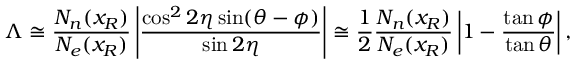
\Lambda \cong \frac { N _ { n } ( x _ { R } ) } { N _ { e } ( x _ { R } ) } \left| \frac { \cos ^ { 2 } 2 \eta \sin ( \theta - \phi ) } { \sin 2 \eta } \right| \cong \frac { 1 } { 2 } \frac { N _ { n } ( x _ { R } ) } { N _ { e } ( x _ { R } ) } \left| 1 - \frac { \tan \phi } { \tan \theta } \right| ,